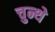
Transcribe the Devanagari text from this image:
चुन्थे